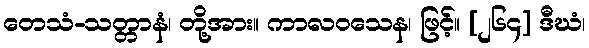
တေသံ-သတ္တာနံ၊ တို့အား။ ကာလဝသေန၊ ဖြင့်။ [၂၆၄] ဒီဃံ၊